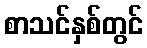
စာသင်နှစ်တွင်